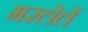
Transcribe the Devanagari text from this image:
भरलेलें